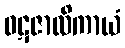
ဝဋဇာလိကာယံ